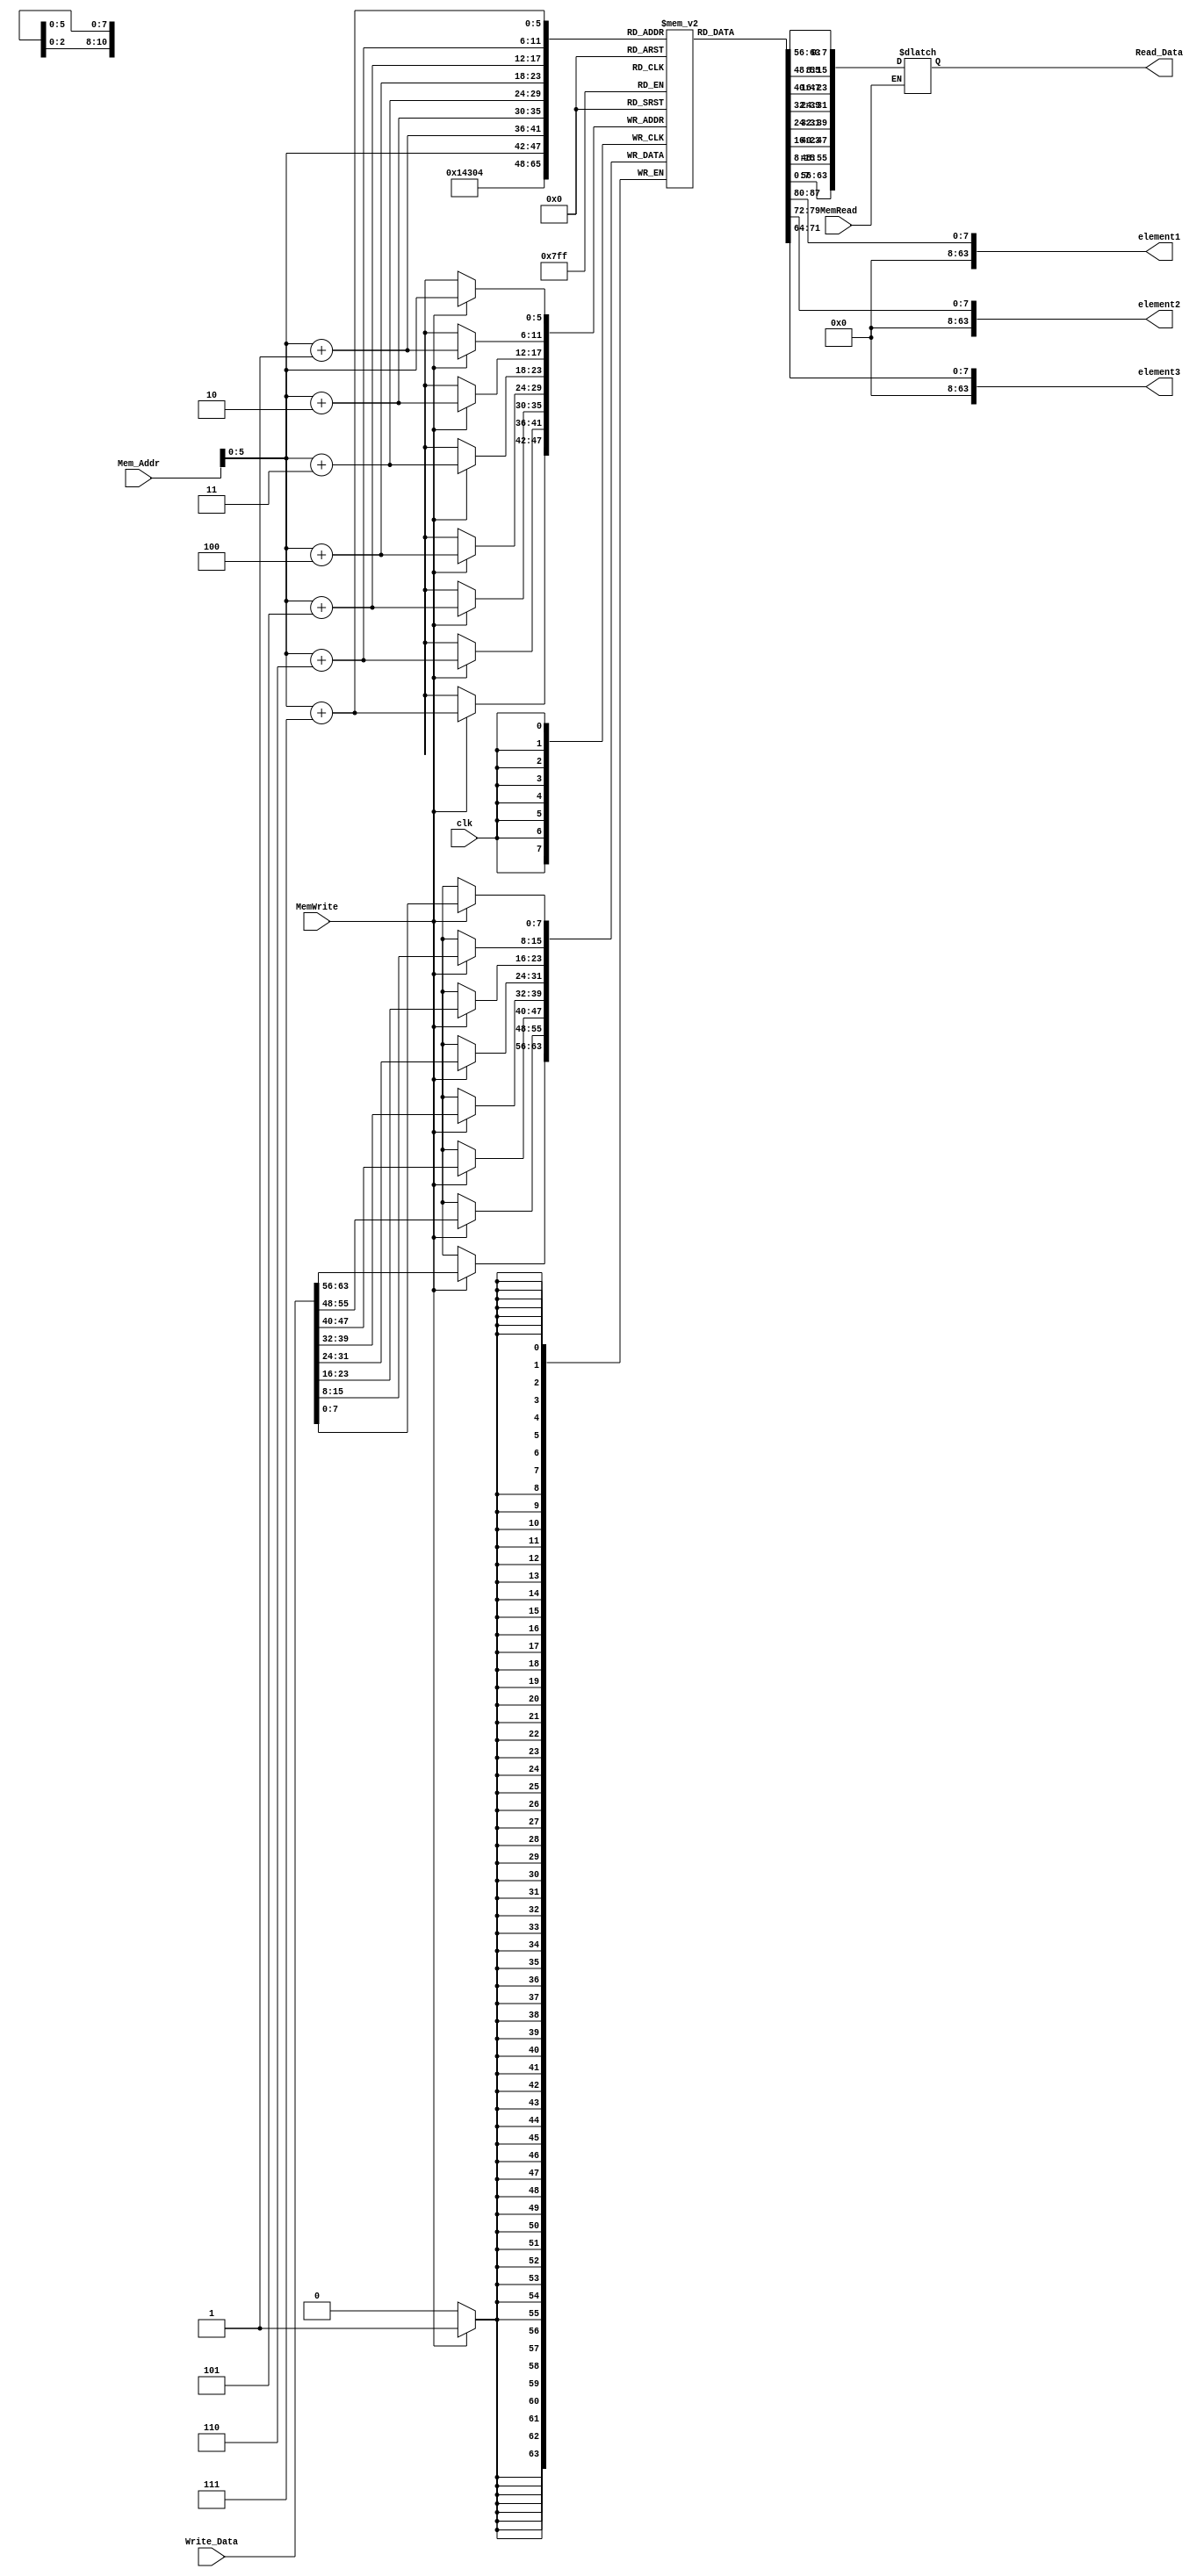
module Data_Memory
(
    input [63:0] Mem_Addr,
    input [63:0] Write_Data,
    input clk,
    input MemWrite, MemRead,
    output [63:0] Read_Data,
    output [63:0] element1,
    output [63:0] element2,
    output [63:0] element3
);

reg [7:0] memory [63:0];
reg [63:0] temp_data;
integer i;
        assign element1 = memory[20]; 
        assign element2 = memory[12];
        assign element3 = memory[4]; 
        //assign element4 = memory[28];
        //assign element5 = memory[36];

initial begin
for (i=0 ;i<64 ; i = i + 1) begin
    memory[i] = 0;
end
end


always @(negedge clk) begin
    if (MemWrite) begin
        memory[Mem_Addr] = Write_Data[7:0];
        memory[Mem_Addr+1] = Write_Data[15:8];
        memory[Mem_Addr+2] = Write_Data[23:16];
        memory[Mem_Addr+3] = Write_Data[31:24];
        memory[Mem_Addr+4] = Write_Data[39:32];
        memory[Mem_Addr+5] = Write_Data[47:40];
        memory[Mem_Addr+6] = Write_Data[55:48];
        memory[Mem_Addr+7] = Write_Data[63:56];
    end
end



always @(*) begin
    if (MemRead) begin
        temp_data <= {memory[Mem_Addr+7], memory[Mem_Addr+6], memory[Mem_Addr+5], memory[Mem_Addr+4], memory[Mem_Addr+3], memory[Mem_Addr+2], memory[Mem_Addr+1], memory[Mem_Addr]};
    end
end

assign Read_Data = temp_data;



endmodule // Data_Memory